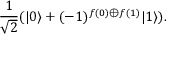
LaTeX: { \frac { 1 } { \sqrt { 2 } } } ( | 0 \rangle + ( - 1 ) ^ { f ( 0 ) \oplus f ( 1 ) } | 1 \rangle ) .